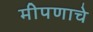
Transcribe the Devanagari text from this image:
मीपणाचे